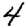
Digit: 4